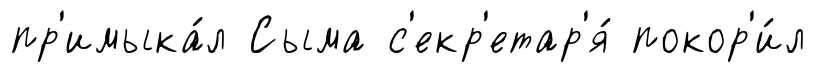
пр'имыка́л Сыма с'екр'етар'я́ покор'и́л